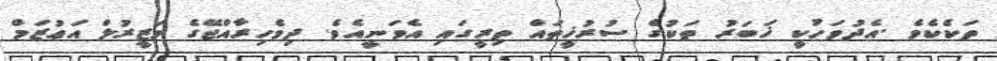
ތަކެކެވެ .އެދުވަހުކީ ޚަބަރު ތަކުގެ ސުރުޚީތައް ތިރީގައި އެވަނީއެވެ. ދިވެހިރާއްޖޭގެ ވަޒީރުލް އަޢުޒަމް